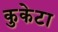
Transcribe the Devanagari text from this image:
कुकेटा